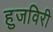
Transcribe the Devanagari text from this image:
हुजविरी